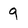
Character: 9